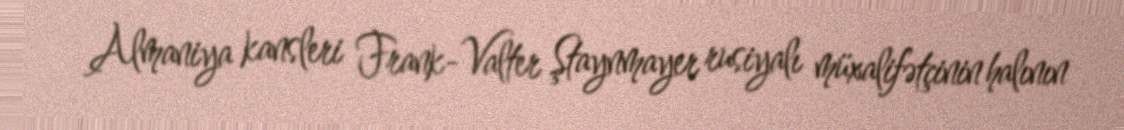
Almaniya kansleri Frank-Valter Ştaynmayer rusiyalı müxalifətçinin halının